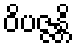
ဝိပဇ္ဇန္တိ